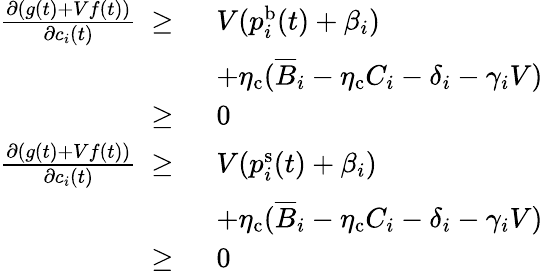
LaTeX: \begin{array}{rl}{\frac{\partial(g(t)+Vf(t))}{\partial c_{i}(t)}~\ge~}&{V(p_{i}^{\mathrm{b}}(t)+\beta_{i})}\\ &{+\eta_{\mathrm{c}}(\overline{{B}}_{i}-\eta_{\mathrm{c}}C_{i}-\delta_{i}-\gamma_{i}V)}\\ {\ge~}&{0}\\ {\frac{\partial(g(t)+Vf(t))}{\partial c_{i}(t)}~\ge~}&{V(p_{i}^{\mathrm{s}}(t)+\beta_{i})}\\ &{+\eta_{\mathrm{c}}(\overline{{B}}_{i}-\eta_{\mathrm{c}}C_{i}-\delta_{i}-\gamma_{i}V)}\\ {\ge~}&{0}\end{array}